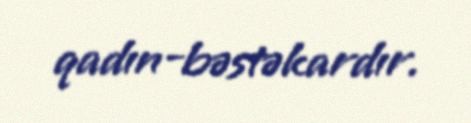
qadın-bəstəkardır.